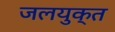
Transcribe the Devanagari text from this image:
जलयुक्‍त